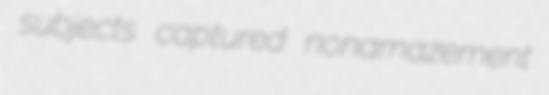
subjects captured nonamazement